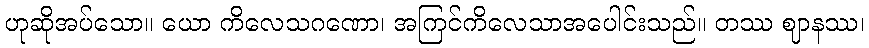
ဟုဆိုအပ်သော။ ယော ကိလေသဂဏော၊ အကြင်ကိလေသာအပေါင်းသည်။ တဿ ဈာနဿ၊